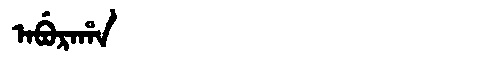
Manchu: ᠠᠪᡠᡵᠠᡥᠠ
Romanization: ABURAHA